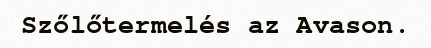
Szőlőtermelés az Avason.